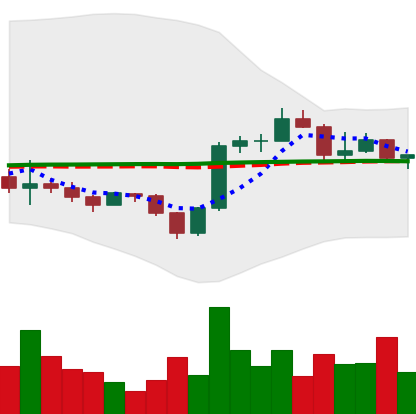
Ticker: BNB-USD
Chart end date: 2022-12-02
Forward return: -3.149%
Label: down_3_5